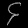
Digit: ၄